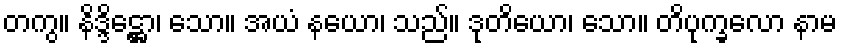
တကွ။ နိဒ္ဒိဋ္ဌော၊ သော။ အယံ နယော၊ သည်။ ဒုတိယော၊ သော။ တိပုက္ခလော နာမ